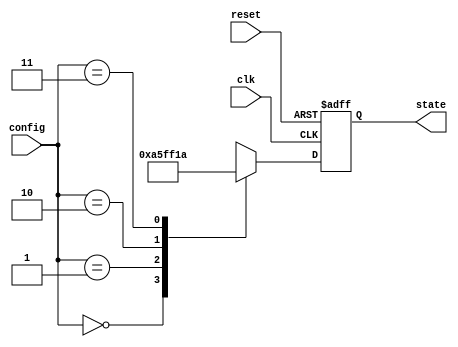
module ConfigurableInitialConditions (
    input wire clk,            // Clock signal
    input wire reset,          // Reset signal
    input wire [1:0] config,   // Configuration signal
    output reg [7:0] state     // State variable (8-bit)
);

// Initial states based on configuration
parameter STATE_0 = 8'h00;  // Initial state for config = 00
parameter STATE_1 = 8'hA5;  // Initial state for config = 01
parameter STATE_2 = 8'hFF;  // Initial state for config = 10
parameter STATE_3 = 8'h1A;  // Initial state for config = 11

// Behavioral logic
always @(posedge clk or posedge reset) begin
    if (reset) begin
        // On reset, set state to a default (zero for example)
        state <= 8'h00;
    end else begin
        // Set initial condition based on config signal
        case (config)
            2'b00: state <= STATE_0; // config 00
            2'b01: state <= STATE_1; // config 01
            2'b10: state <= STATE_2; // config 10
            2'b11: state <= STATE_3; // config 11
            default: state <= 8'h00; // Default case
        endcase
    end
end

endmodule